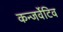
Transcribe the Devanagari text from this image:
कन्जर्वेटिव